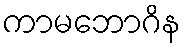
ကာမဘောဂိန